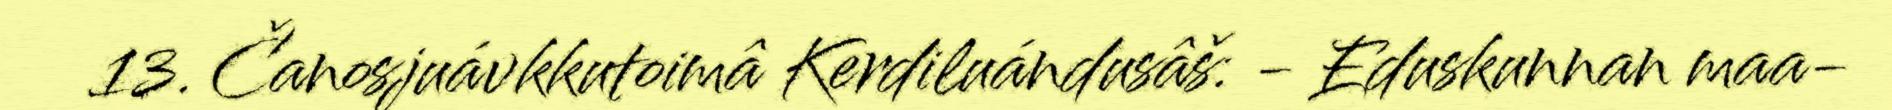
13. Čanosjuávkkutoimâ Kerdiluándusâš: - Eduskunnan maa-